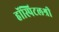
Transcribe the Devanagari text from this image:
हॉस्पिटलश्री